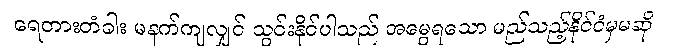
ရေတားတံခါး မနက်ကျလျှင် သွင်းနိုင်ပါသည် အမွေရသော မည်သည့်နိုင်ငံမှမဆို